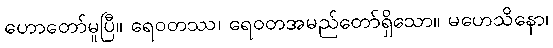
ဟောတော်မူပြီ။ ရေဝတဿ၊ ရေဝတအမည်တော်ရှိသော။ မဟေသိနော၊